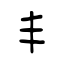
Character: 丰